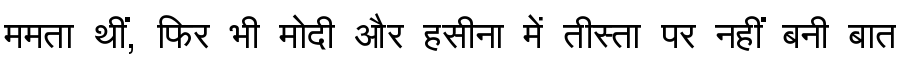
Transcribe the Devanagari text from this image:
ममता थीं, फिर भी मोदी और हसीना में तीस्ता पर नहीं बनी बात